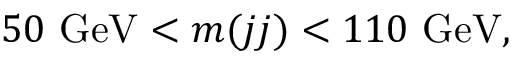
5 0 ~ \mathrm { G e V } < m ( j j ) < 1 1 0 ~ \mathrm { G e V } ,